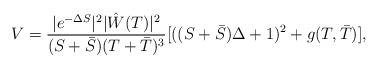
LaTeX: \begin{align*}V= \frac{|e^{-\Delta S}|^2 |\hat W(T)|^2}{(S + \bar S)(T+\bar T)^3}[((S+\bar S)\Delta +1)^2 + g(T,\bar T)],\end{align*}